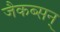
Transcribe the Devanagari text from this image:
जैकब्सन्